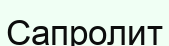
Сапролит